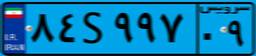
۸۴S۹۹۷۰۹